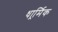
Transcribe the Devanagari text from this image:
धार्र्मिक